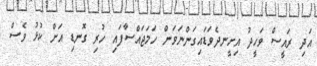
އަދި ރައީސް ވަހީދު އިށީނދެވަޑައިގަންނަވަން ހަމަޖައްސާފައި ހުރި ގޮނޑި އަށް ކުޅު ވެސް